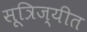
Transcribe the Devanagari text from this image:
सूत्रिज्यीत